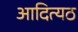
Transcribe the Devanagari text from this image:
आदित्यठ